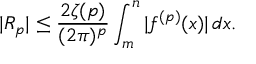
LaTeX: | R _ { p } | \leq { \frac { 2 \zeta ( p ) } { ( 2 \pi ) ^ { p } } } \int _ { m } ^ { n } | f ^ { ( p ) } ( x ) | \, d x .